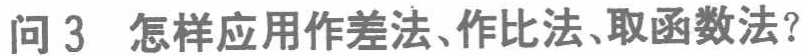
问 3 怎样应用作差法、作比法、取函数法？